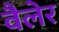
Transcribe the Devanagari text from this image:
वैलेर